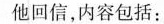
他回信，内容包括：